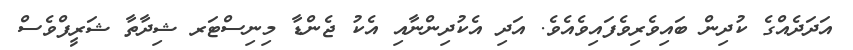
އަދަދެއްގެ ކުދިން ބައިވެރިވެފައިވެއެވެ. އަދި އެކުދިންނާއި އެކު ޖެންޑާ މިނިސްޓަރ ޝިދާތާ ޝަރީފްވެސް